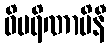
ဝိပရိဏာမိနီ